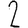
Digit: 2